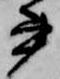
書